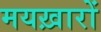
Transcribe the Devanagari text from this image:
मयख़ारों